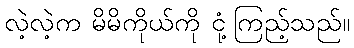
လဲ့လဲ့က မိမိကိုယ်ကို ငုံ့ကြည့်သည်။